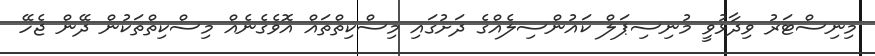
މިނިސްޓަރު ވިދާޅުވީ މުނިސިޕަލް ކައުންސިލެއްގެ ދަށުގައި މިސްކިތްތައް އޮވެގެނެއް މިސްކިތްތަކުން ދޭން ޖެހޭ